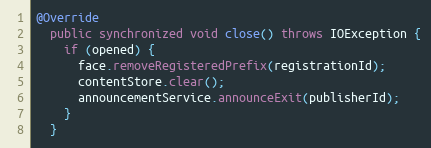
Language: Java
@Override
  public synchronized void close() throws IOException {
    if (opened) {
      face.removeRegisteredPrefix(registrationId);
      contentStore.clear();
      announcementService.announceExit(publisherId);
    }
  }